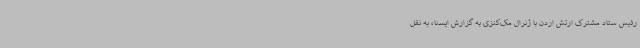
رئیس ستاد مشترک ارتش اردن با ژنرال مک‌کنزی به گزارش ایسنا، به نقل